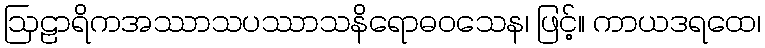
ဩဠာရိကအဿာသပဿာသနိရောဓဝသေန၊ ဖြင့်။ ကာယဒရထေ၊